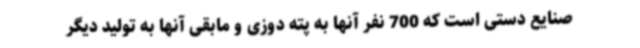
صنایع دستی است که 700 نفر آنها به پته دوزی و مابقی آنها به تولید دیگر